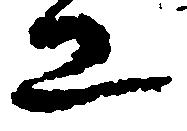
工